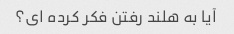
آیا به هلند رفتن فکر کرده ای؟